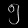
Digit: ၅